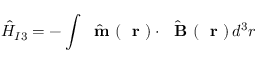
\hat { H } _ { I 3 } = - \int \hat { \mathrm { ~ \bf ~ m ~ } } ( \mathrm { ~ \bf ~ r ~ } ) \cdot \hat { \mathrm { ~ \bf ~ B ~ } } ( \mathrm { ~ \bf ~ r ~ } ) \, d ^ { 3 } r